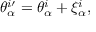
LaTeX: \theta _ { \alpha } ^ { i \prime } = \theta _ { \alpha } ^ { i } + \xi _ { \alpha } ^ { i } ,